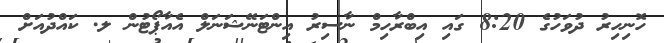
ހޮނިހިރު ދުވަހުގެ 8:20 ގައި އިބްރާހިމް ނާސިރު އިންޓަނޭޝަނަލް އެއާޕޯޓުން ލ. ކައްދުއަށް